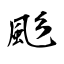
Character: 颩